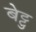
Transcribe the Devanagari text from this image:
बेट्टु